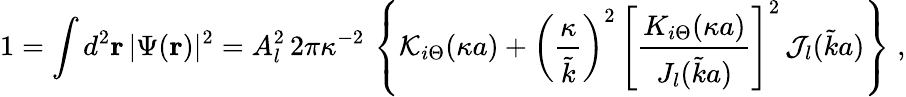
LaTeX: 1=\int d^{2}{\mathbf r}\, |\Psi({\mathbf r})|^{2}=A_{l}^{2}\, 2\pi\kappa^{-2}\, \left\{ {\mathcal K}_{i\Theta}(\kappa a)+\left(\frac{\kappa}{\tilde{k}}\right)^{2}\, \left[\frac{K_{i\Theta}(\kappa a)}{J_{l}(\tilde{k}a)}\right]^{2}\, {\mathcal J_{l}}(\tilde{k}a)\right\} \; ,